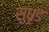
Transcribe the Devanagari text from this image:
सुधृड